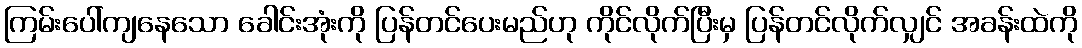
ကြမ်းပေါ်ကျနေသော ခေါင်းအုံးကို ပြန်တင်ပေးမည်ဟု ကိုင်လိုက်ပြီးမှ ပြန်တင်လိုက်လျှင် အခန်းထဲကို